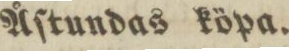
Åſtundas köpa.